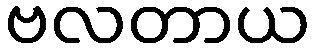
ဗလတာယ